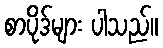
စာပိုဒ်များ ပါသည်။